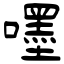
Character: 嚜